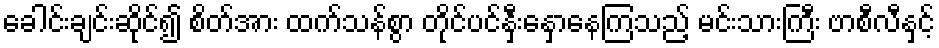
ခေါင်းချင်းဆိုင်၍ စိတ်အား ထက်သန်စွာ တိုင်ပင်နှီးနှောနေကြသည့် မင်းသားကြီး ဗာစီလီနှင့်